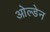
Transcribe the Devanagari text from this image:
ओल्डेन